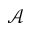
\mathcal { A }